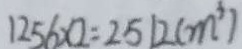
1 2 5 6 \times 2 = 2 5 1 2 ( m ^ { 3 } )